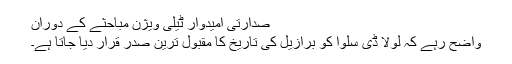
صدارتی اُمیدوار ٹیلی ویژن مباحثے کے دوران
واضح رہے کہ لولا ڈی سلوا کو برازیل کی تاریخ کا مقبول ترین صدر قرار دیا جاتا ہے۔